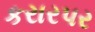
કરારપર